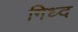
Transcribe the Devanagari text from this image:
गिध्द